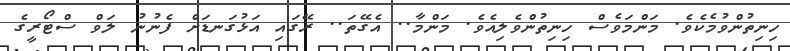
ހިނިތުންވުމެކެވެ. މަންމަވެސް ހިނިތުންވެލިއެވެ. މަންމާ.. އެގޭތަ.. ރޭގައި އަޅުގަނޑަށް ފެނުނު ލަވް ސްޓޯރީގެ